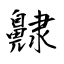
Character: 齂